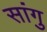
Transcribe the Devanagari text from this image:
सांगु